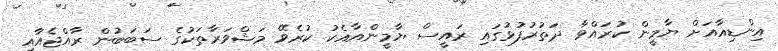
އިންޑިއާއަށް ޔާމީން ކުރައްވާ ދަތުރުފުޅުގައި ރައީސް ޔާމީންއާއެކު ކުރެވޭ މަޝްވަރާތަކުގެ ސަބަބުން ރާއްޖެއާއި